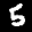
Label: 5